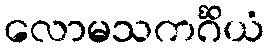
လောမသကင်္ဂိယံ